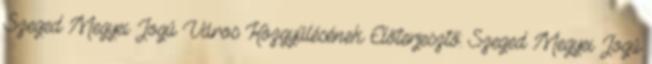
Szeged Megyei Jogú Város Közgyűlésének Előterjesztő: Szeged Megyei Jogú